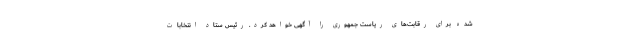
شده برای رقابت‌های ریاست جمهوری را آگهی خواهد کرد. رئیس ستاد انتخابات